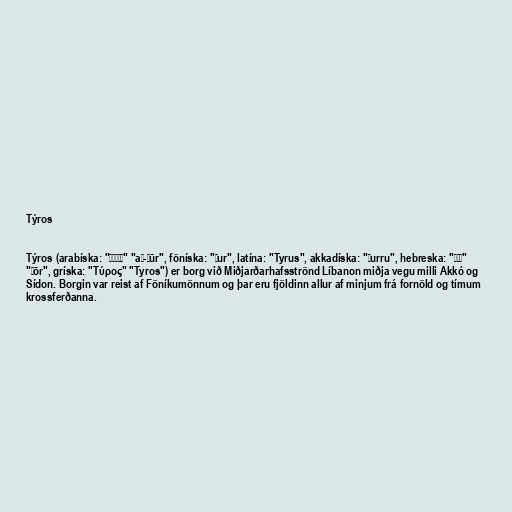
Týros

Týros (arabíska: "الصور" "aṣ-Ṣūr", föníska: "Ṣur", latína: "Tyrus", akkadíska: "Ṣurru", hebreska: "צור"
"Ṣōr", gríska: "Τύρος" "Tyros") er borg við Miðjarðarhafsströnd Líbanon miðja vegu milli Akkó og
Sídon. Borgin var reist af Föníkumönnum og þar eru fjöldinn allur af minjum frá fornöld og tímum
krossferðanna.